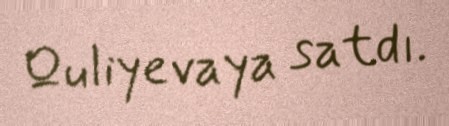
Quliyevaya satdı.